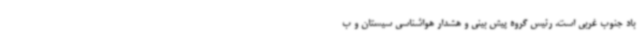
باد جنوب غربی است. رئیس گروه پیش بینی و هشدار هواشناسی سیستان و ب